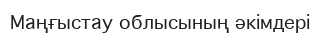
Маңғыстау облысының әкімдері